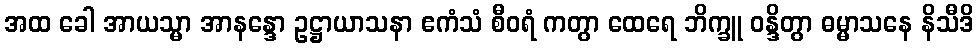
အထ ခေါ အာယသ္မာ အာနန္ဒော ဥဋ္ဌာယာသနာ ဧကံသံ စီဝရံ ကတွာ ထေရေ ဘိက္ခူ ဝန္ဒိတွာ ဓမ္မာသနေ နိသီဒိ